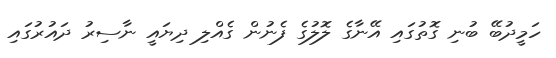
ހަމީދުބޭ ބުނި ގޮތުގައި އޭނާގެ ލޮލުގެ ފެނުން ގެއްލި ދިޔައީ ނާސިރު ދައުރުގައި